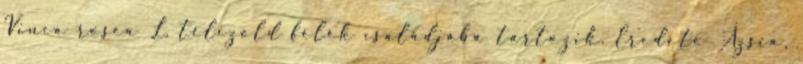
Vinca rosea L. télizöld félék családjába tartozik. Eredete Ázsia,